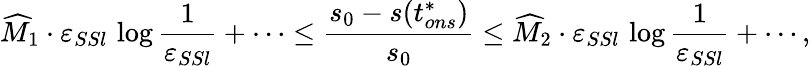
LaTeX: \widehat M_{1}\cdot\varepsilon_{SSl}\, \log\frac{1}{\varepsilon_{SSl}}+\cdots\leq\frac{s_{0}-s(t_{ons}^{*})}{s_{0}}\leq\widehat M_{2}\cdot\varepsilon_{SSl}\, \log\frac{1}{\varepsilon_{SSl}}+\cdots,